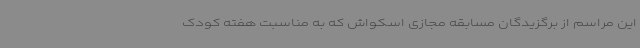
این مراسم از برگزیدگان مسابقه مجازی اسکواش که به مناسبت هفته کودک